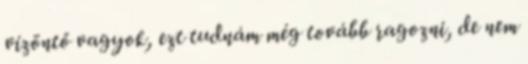
vízöntő vagyok, ezt tudnám még tovább ragozni, de nem